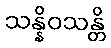
သန္နိဝသန္တိ